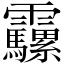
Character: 𩇍